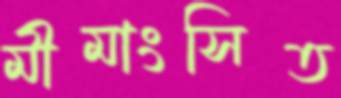
মীমাংসিত